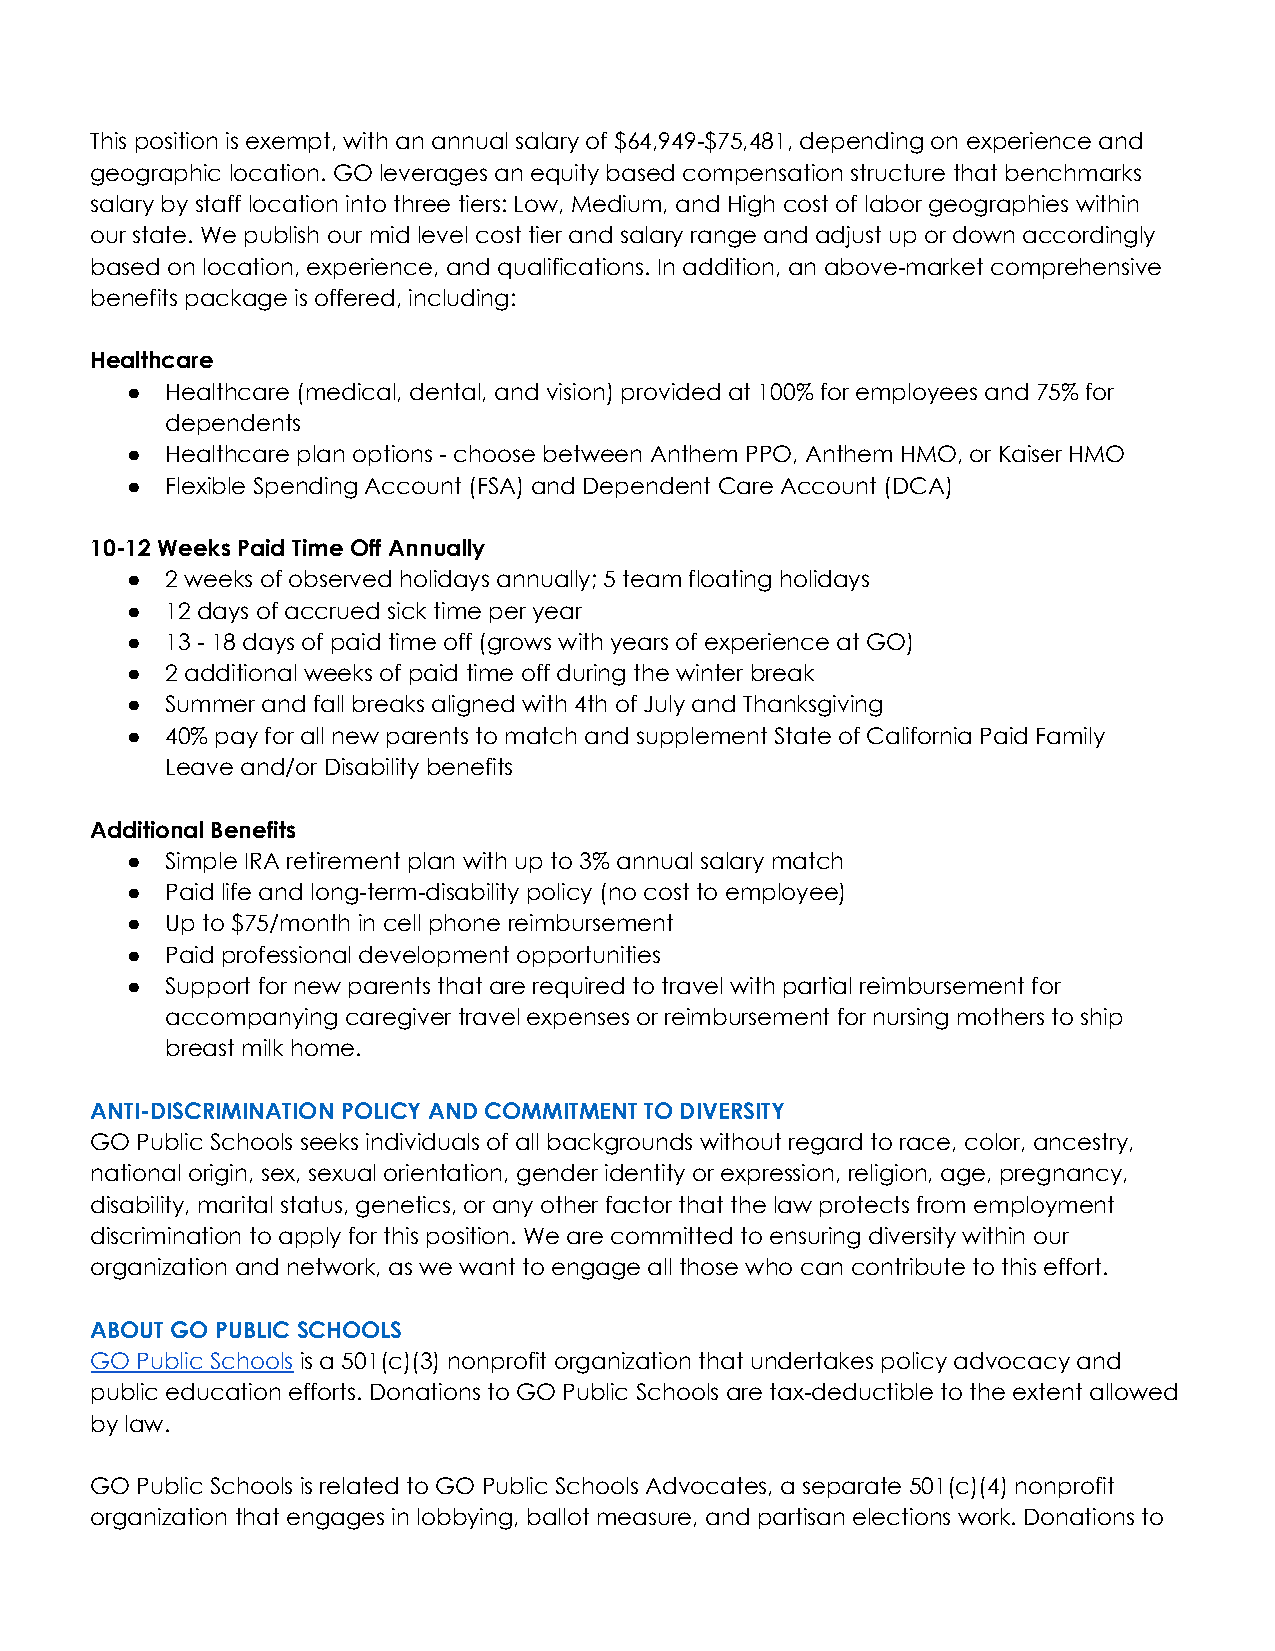
This position is exempt, with an annual salary of $64,949-$75,481, depending on experience and
 geographic location. GO leverages an equity based compensation structure that benchmarks
 salary by staff location into three tiers: Low, Medium, and High cost of labor geographies within
 our state. We publish our mid level cost tier and salary range and adjust up or down accordingly
 based on location, experience, and qualifications. In addition, an above-market comprehensive
 benefits package is offered, including:
 Healthcare
 ●  Healthcare (medical, dental, and vision) provided at 100% for employees and 75% for
 dependents
 ●  Healthcare plan options - choose between Anthem PPO, Anthem HMO, or Kaiser HMO
 ●  Flexible Spending Account (FSA) and Dependent Care Account (DCA)
 10-12 Weeks Paid Time Off Annually
 ●  2 weeks of observed holidays annually; 5 team floating holidays
 ●  12 days of accrued sick time per year
 ●  13 - 18 days of paid time off (grows with years of experience at GO)
 ●  2 additional weeks of paid time off during the winter break
 ●  Summer and fall breaks aligned with 4th of July and Thanksgiving
 ●  40% pay for all new parents to match and supplement State of California Paid Family
 Leave and/or Disability benefits
 Additional Benefits
 ●  Simple IRA retirement plan with up to 3% annual salary match
 ●  Paid life and long-term-disability policy (no cost to employee)
 ●  Up to $75/month in cell phone reimbursement
 ●  Paid professional development opportunities
 ●  Support for new parents that are required to travel with partial reimbursement for
 accompanying caregiver travel expenses or reimbursement for nursing mothers to ship
 breast milk home.
 ANTI-DISCRIMINATION POLICY AND COMMITMENT TO DIVERSITY
 GO Public Schools seeks individuals of all backgrounds without regard to race, color, ancestry,
 national origin, sex, sexual orientation, gender identity or expression, religion, age, pregnancy,
 disability, marital status, genetics, or any other factor that the law protects from employment
 discrimination to apply for this position. We are committed to ensuring diversity within our
 organization and network, as we want to engage all those who can contribute to this effort.
 ABOUT GO PUBLIC SCHOOLS
 GO Public Schools is a 501(c)(3) nonprofit organization that undertakes policy advocacy and
 public education efforts. Donations to GO Public Schools are tax-deductible to the extent allowed
 by law.
 GO Public Schools is related to GO Public Schools Advocates, a separate 501(c)(4) nonprofit
 organization that engages in lobbying, ballot measure, and partisan elections work. Donations to